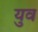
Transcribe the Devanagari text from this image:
युव